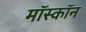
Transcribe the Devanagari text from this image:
मॉस्कॉन